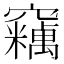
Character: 𱷝